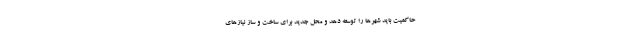
حاکمیت باید شهرها را توسعه دهد و محل جدید برای ساخت و ساز نیازهای